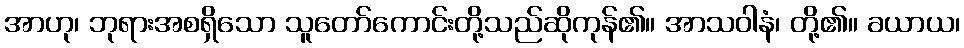
အာဟု၊ ဘုရားအစရှိသော သူတော်ကောင်းတို့သည်ဆိုကုန်၏။ အာသဝါနံ၊ တို့၏။ ခယာယ၊